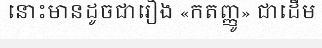
នោះមានដូចជារឿង «កតញ្ញូ» ជាដើម